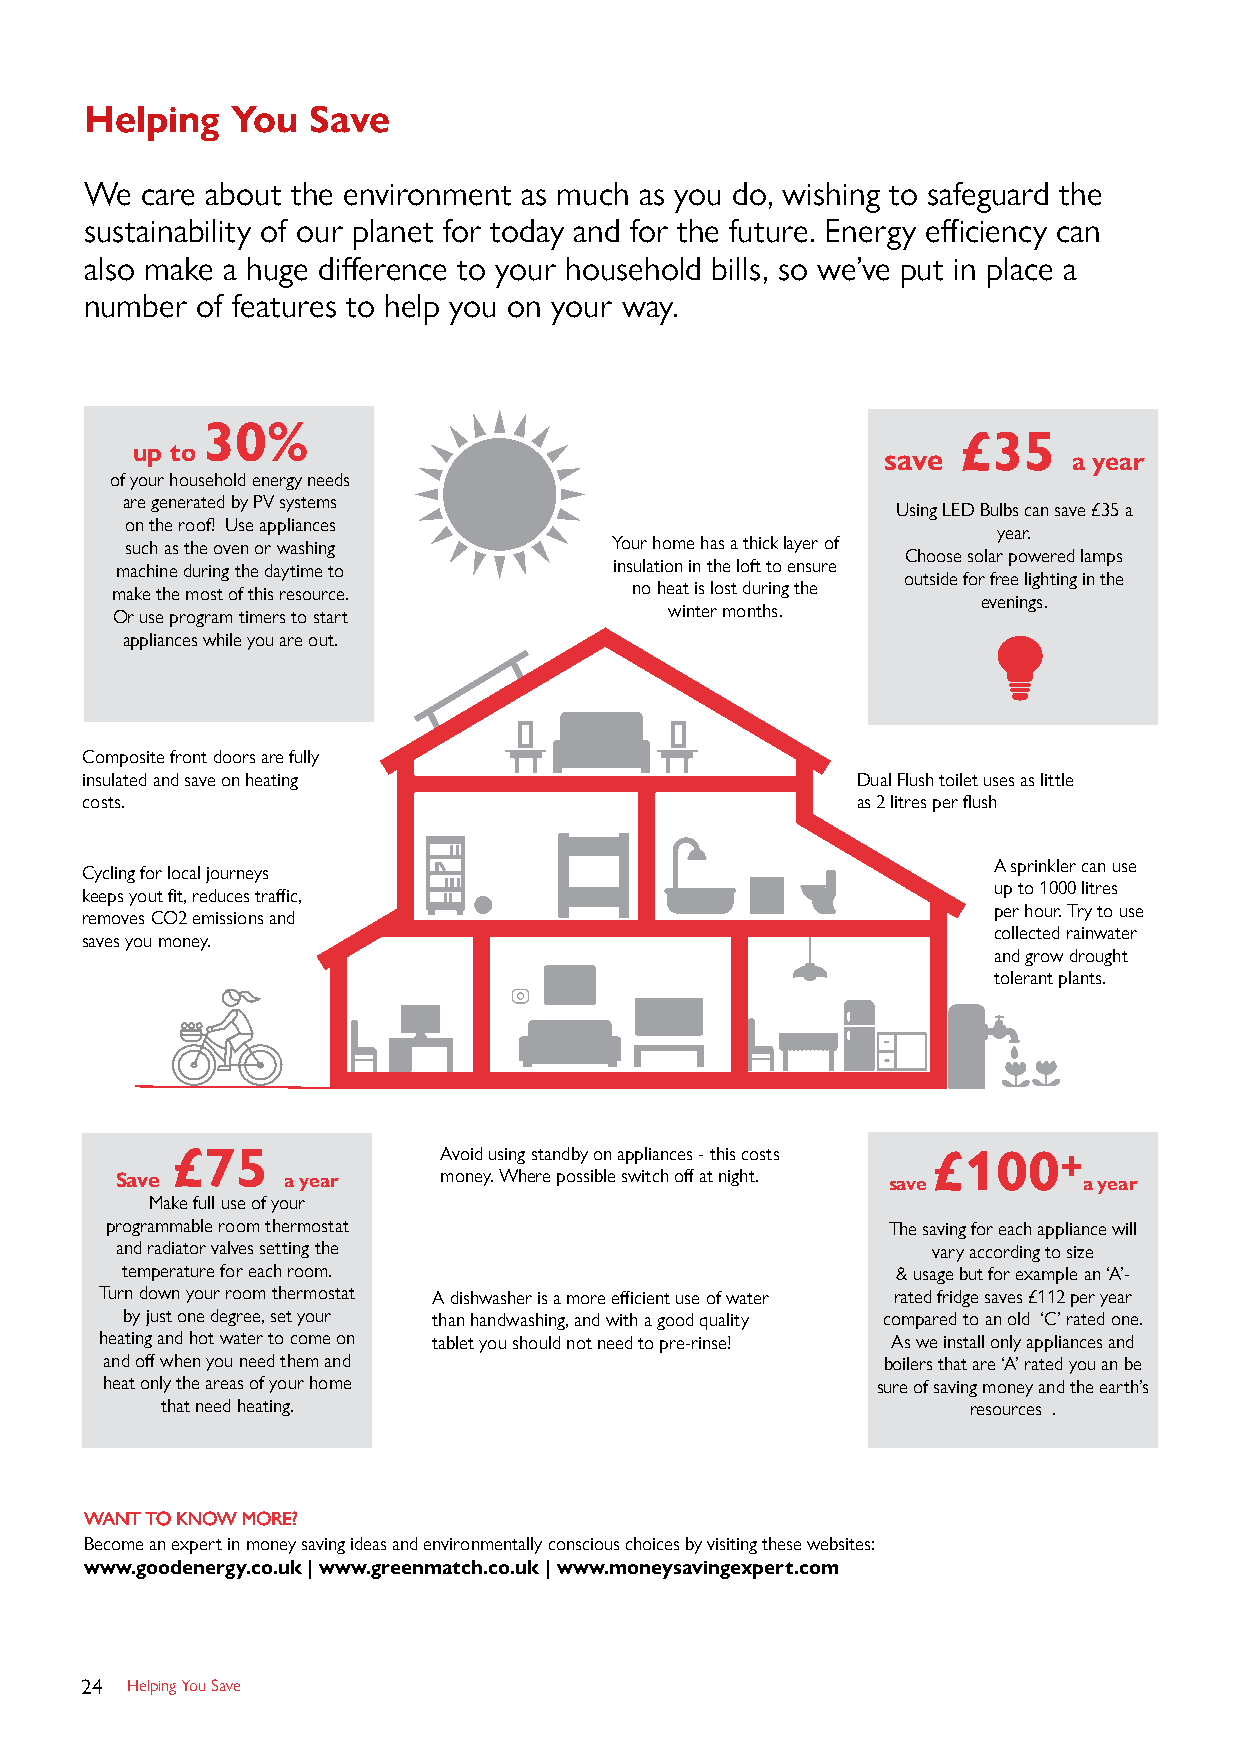
Helping  You  Save
 We care about the environment as much as you do, wishing to safeguard the
 sustainability of our planet for today and for the future. Energy efficiency can
 also make a huge difference to your household bills, so we’ve put in place a
 number of features to help you on your way.
 30%
 £35
 up to
 save         a year
 of your household energy needs
 are generated by PV systems
 Using LED Bulbs can save £35 a
 on the roof! Use appliances
 year.
 such as the oven or washing     Your home has a thick layer of
 Choose solar powered lamps
 machine during the daytime to    insulation in the loft to ensure
 outside for free lighting in the
 make the most of this resource.    no heat is lost during the
 evenings.
 winter months.
 Or use program timers to start
 appliances while you are out.
 Composite front doors are fully
 insulated and save on heating                       Dual Flush toilet uses as little
 costs.                                              as 2 litres per flush
 A sprinkler can use
 Cycling for local journeys
 up to 1000 litres
 keeps yout fit, reduces traffic,
 per hour. Try to use
 removes CO2 emissions and
 collected rainwater
 saves you money.
 and grow drought
 tolerant plants.
 £75               Avoid using standby on appliances - this costs £100+
 Save       a year    money. Where possible switch off at night. save a year
 Make full use of your
 programmable room thermostat                        The saving for each appliance will
 and radiator valves setting the                       vary according to size
 temperature for each room.                         & usage but for example an ‘A’-
 Turn down your room thermostat A dishwasher is a more efficient use of water rated fridge saves £112 per year
 by just one degree, set your than handwashing, and with a good quality compared to an old ‘C’ rated one.
 heating and hot water to come on tablet you should not need to pre-rinse! As we install only appliances and
 and off when you need them and                     boilers that are ‘A’ rated you an be
 heat only the areas of your home                   sure of saving money and the earth’s
 that need heating.                                   resources .
 WANT TO KNOW MORE?
 Become an expert in money saving ideas and environmentally conscious choices by visiting these websites:
 www.goodenergy.co.uk | www.greenmatch.co.uk | www.moneysavingexpert.com
 24 Helping You Save